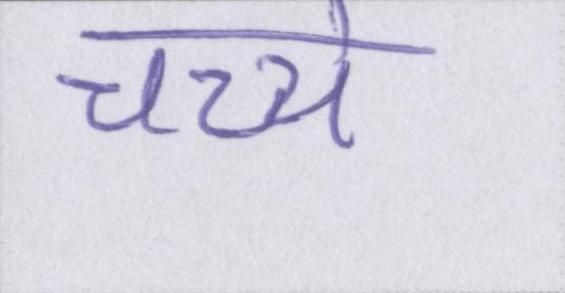
चच्चे